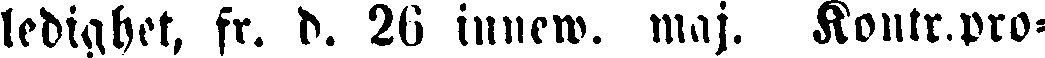
ledighet, fr. d. 26 innew. maj. Kontr.pro-